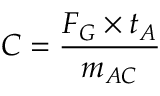
C = \frac { F _ { G } \times t _ { A } } { m _ { A C } }